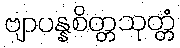
ဗျာပန္နစိတ္တသုတ္တံ